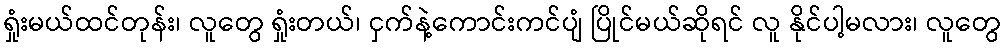
ရှုံးမယ်ထင်တုန်း၊ လူတွေ ရှုံးတယ်၊ ငှက်နဲ့ကောင်းကင်ပျံ ပြိုင်မယ်ဆိုရင် လူ နိုင်ပါ့မလား၊ လူတွေ